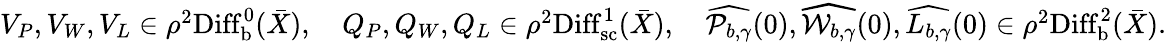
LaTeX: \begin{array}{r}{V_{P},V_{W},V_{L}\in\rho^{2}\mathrm{Diff}_{\mathrm{b}}^{0}(\bar{X}),\quad Q_{P},Q_{W},Q_{L}\in\rho^{2}\mathrm{Diff}_{\mathrm{sc}}^{1}(\bar{X}),\quad\widehat{\mathcal{P}_{b,\gamma}}(0),\widehat{\mathcal{W}_{b,\gamma}}(0),\widehat{L_{b,\gamma}}(0)\in\rho^{2}\mathrm{Diff}_{\mathrm{b}}^{2}(\bar{X}).}\end{array}